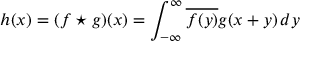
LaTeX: h ( x ) = ( f \star g ) ( x ) = \int _ { - \infty } ^ { \infty } { \overline { { f ( y ) } } } g ( x + y ) \, d y